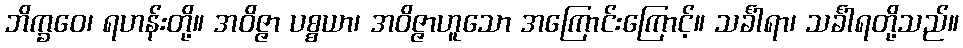
ဘိက္ခဝေ၊ ရဟန်းတို့။ အဝိဇ္ဇာ ပစ္စယာ၊ အဝိဇ္ဇာဟူသော အကြောင်းကြောင့်။ သင်္ခါရာ၊ သင်္ခါရတို့သည်။